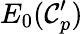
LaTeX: E_{0}(\mathcal{C}_{p}^{\prime})